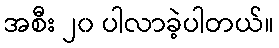
အစီး ၂၀ ပါလာခဲ့ပါတယ်။